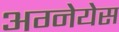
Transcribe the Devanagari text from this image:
अग्नेयेस